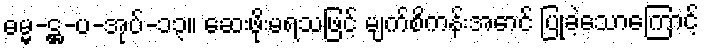
ဓမ္မ-ဋ္ဌ-ပ-အုပ်-၁၃။ ဆေးဖိုးမရသဖြင့် မျက်စိကန်းအောင် ပြုခဲ့သောကြောင့်